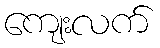
ကျေးလက်